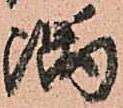
隅